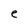
Character: e